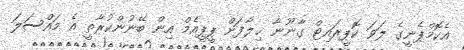
އެކޮމްޕެނީގެ ލަވަ ކޮޕީރައިޓް ގާނޫނާ ޚިލާފަށް ޕީޕީއެމް އިން ބޭނުންކުރާތީ އެ މައްސަލަ